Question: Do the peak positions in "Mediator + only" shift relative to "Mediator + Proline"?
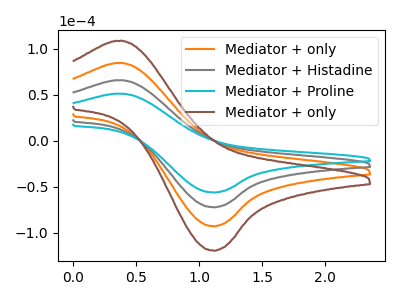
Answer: <think>The orange curve "Mediator + only" has an anodic peak at (0.40V, 131.20uA) and a cathodic peak at (1.10V, -144.90uA). The gray curve "Mediator + Histadine" has an anodic peak at (0.40V, 65.60uA) and a cathodic peak at (1.10V, -72.45uA). The cyan curve "Mediator + Proline" has an anodic peak at (0.40V, 51.05uA) and a cathodic peak at (1.10V, -56.40uA). The brown curve "Mediator + only" has an anodic peak at (0.40V, 196.85uA) and a cathodic peak at (1.10V, -217.35uA).
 All the peaks in "Mediator + only" have a peak in "Mediator + Proline" at the same potential. Every peak in "Mediator + only" is higher than every peak in "Mediator + Proline".</think>
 <answer>No, "Mediator + only" and "Mediator + Proline" don't appear to be significantly different in shape</answer>
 <eval>no_change</eval>